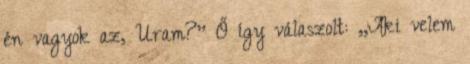
én vagyok az, Uram?'' Ő így válaszolt: ,,Aki velem